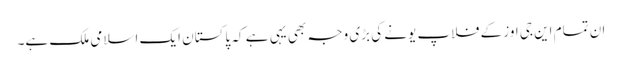
ان تمام این جی اوز کے فلاپ یونے کی بڑی وجہ بھی یہی ہے کہ پاکستان ایک اسلامی ملک ہے۔